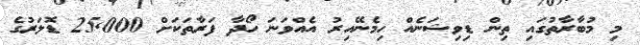
މި މުބާރާތުގައި ތިން ޑިވިޝަނެއް ހިމެނޭއިރު އެއްވަނަ ހޯދާ ފަރާތަކަށް 25